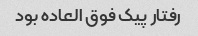
رفتار پیک فوق العاده بود